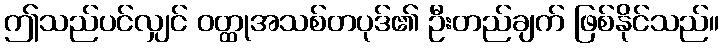
ဤသည်ပင်လျှင် ဝတ္ထုအသစ်တပုဒ်၏ ဦးတည်ချက် ဖြစ်နိုင်သည်။